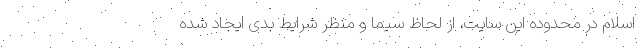
اسلام در محدوده این سایت، از لحاظ سیما و منظر شرایط بدی ایجاد شده